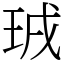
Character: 珬